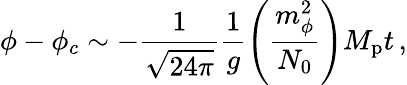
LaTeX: \phi-\phi_{c}\sim-\frac{1}{\sqrt{24\pi}}\frac{1}{g}\left(\frac{m_{\phi}^{2}}{N_{0}}\right)M_{\mathrm{p}}t\, ,